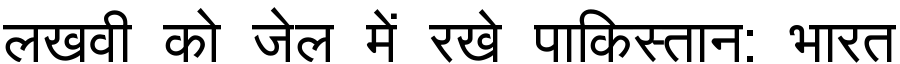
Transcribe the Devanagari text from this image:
लखवी को जेल में रखे पाकिस्तान: भारत